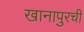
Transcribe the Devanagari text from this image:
खानापुरची